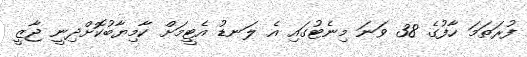
ފުރަތަމަ ހާފުގެ 38 ވަނަ މިނެޓުގައި އެ ލަނޑު އެޓީމަށް ކާމިޔާބުކޮށްދިނީ ޖާޒީ